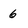
Character: 6